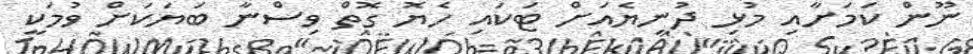
ނޫން ކަމަށާއި މުޅި ދުނިޔެއަށް ޓަކައި ހެޔޮ ގޮތް ވިސްނާ ބަޔަކަށް ވުމަކީ